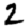
Digit: 2